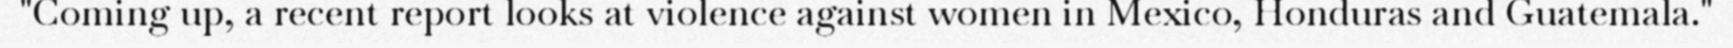
"Coming up, a recent report looks at violence against women in Mexico, Honduras and Guatemala."